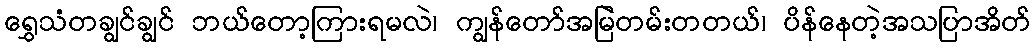
ရွှေသံတချွင်ချွင် ဘယ်တော့ကြားရမလဲ၊ ကျွန်တော်အမြဲတမ်းတတယ်၊ ပိန်နေတဲ့အသပြာအိတ်